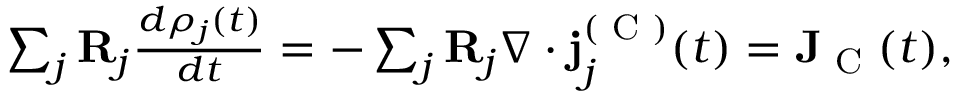
\begin{array} { r } { \sum _ { j } \mathbf { R } _ { j } \frac { d \rho _ { j } ( t ) } { d t } = - \sum _ { j } \mathbf { R } _ { j } \nabla \cdot \mathbf { j } _ { j } ^ { ( \textrm { C } ) } ( t ) = \mathbf { J } _ { \textrm { C } } ( t ) , } \end{array}